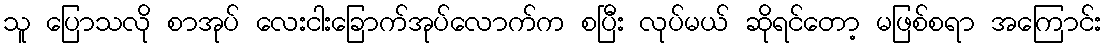
သူ ပြောသလို စာအုပ် လေးငါးခြောက်အုပ်လောက်က စပြီး လုပ်မယ် ဆိုရင်တော့ မဖြစ်စရာ အကြောင်း